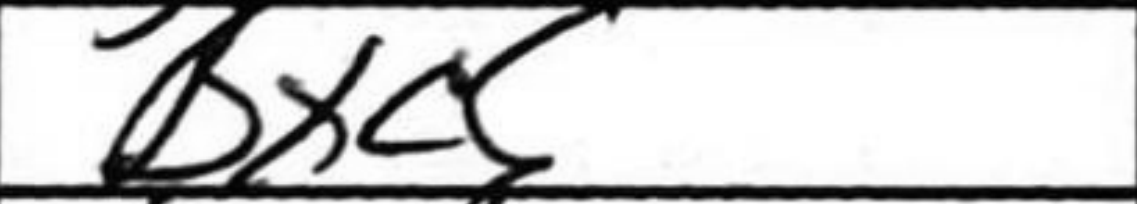
Transcription: Bxc5